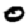
Digit: 0